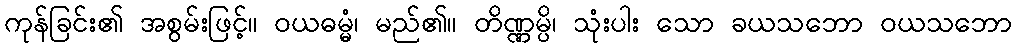
ကုန်ခြင်း၏ အစွမ်းဖြင့်။ ဝယဓမ္မံ၊ မည်၏။ တိဏ္ဏမ္ပိ၊ သုံးပါး သော ခယသဘော ဝယသဘော